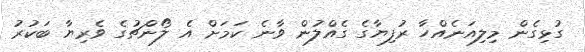
ގުޅިގެން މިލިއަނެއްހާ ރުފިޔާގެ ގެއްލުން ވާނެ ކަމަށް އެ ލޯންޗުގެ ވެރިޔާ ބަކުރު